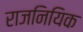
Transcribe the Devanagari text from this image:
राजनियिक